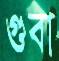
গুবা